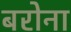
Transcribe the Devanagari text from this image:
बरोना